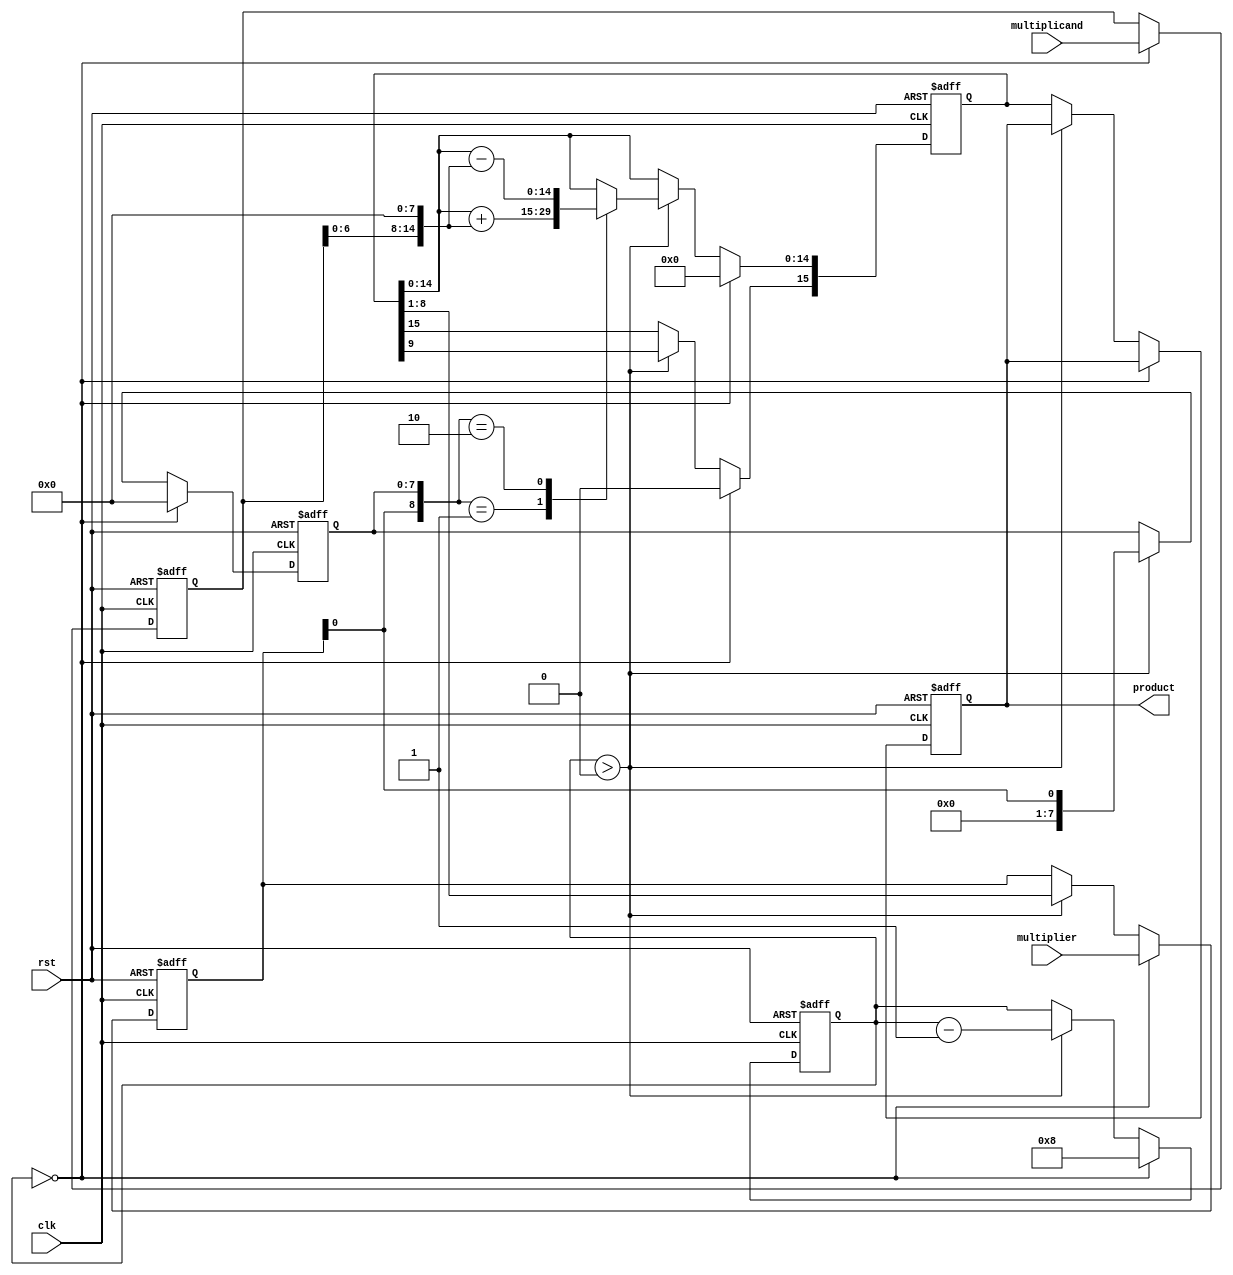
module modified_booth_multiplier #(
    parameter WIDTH = 8 // Width of the input operands
)(
    input signed [WIDTH-1:0] multiplicand,
    input signed [WIDTH-1:0] multiplier,
    output reg signed [2*WIDTH-1:0] product,
    input clk,
    input rst
);

    reg signed [WIDTH-1:0] A, Q; // A is the multiplicand, Q is the multiplier
    reg [WIDTH-1:0] Q_1; // Previous bit of Q
    reg [2*WIDTH-1:0] P; // Partial product accumulator
    reg [3:0] count; // Count for the number of bits processed

    always @(posedge clk or posedge rst) begin
        if (rst) begin
            // Reset all registers
            A <= 0;
            Q <= 0;
            Q_1 <= 0;
            P <= 0;
            count <= 0;
            product <= 0;
        end else begin
            if (count == 0) begin
                // Initialize values
                A <= multiplicand;
                Q <= multiplier;
                Q_1 <= 0; // Initialize Q_1 to 0
                P <= 0; // Clear the product accumulator
                count <= WIDTH; // Set count to the width of the operands
            end else if (count > 0) begin
                // Booth encoding
                case ({Q[0], Q_1})
                    2'b00: begin
                        // No operation
                    end
                    2'b01: begin
                        // Add multiplicand to P
                        P <= P + {A, {WIDTH{1'b0}}}; // Shift A left by WIDTH
                    end
                    2'b10: begin
                        // Subtract multiplicand from P
                        P <= P - {A, {WIDTH{1'b0}}}; // Shift A left by WIDTH
                    end
                    2'b11: begin
                        // No operation
                    end
                endcase

                // Arithmetic right shift
                {P[2*WIDTH-1], Q, Q_1} <= {P[2*WIDTH-1], P[2*WIDTH-1:1], Q[WIDTH-1:1], Q[0]};
                Q_1 <= Q[0]; // Update Q_1 to the current Q[0]

                // Decrement the count
                count <= count - 1;
            end else begin
                // Store the final product
                product <= P;
            end
        end
    end
endmodule